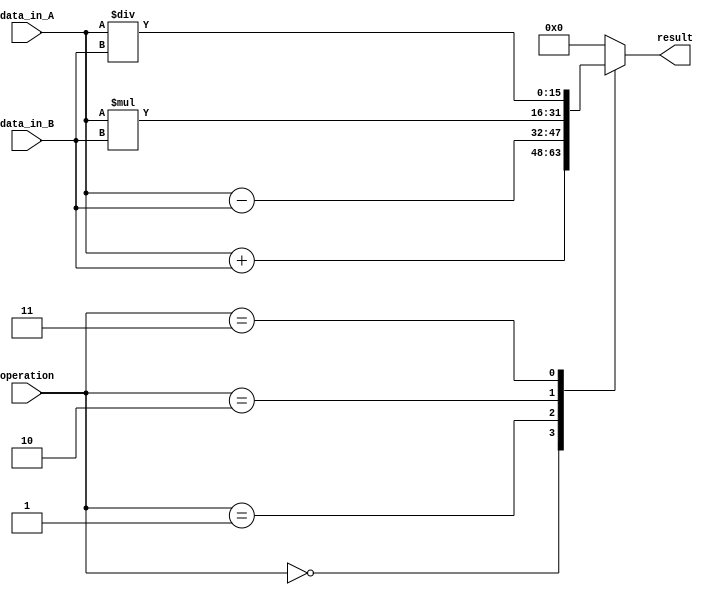
module ALU (
    input wire [15:0] data_in_A,
    input wire [15:0] data_in_B,
    input wire [2:0] operation,
    output reg [15:0] result
);

// Input and output registers
reg [15:0] reg_data_in_A;
reg [15:0] reg_data_in_B;

always @(*) begin
    reg_data_in_A = data_in_A;
    reg_data_in_B = data_in_B;
end

// Arithmetic blocks for addition, subtraction, multiplication, and division
always @* begin
    case(operation)
        3'b000: result = reg_data_in_A + reg_data_in_B; // Addition
        3'b001: result = reg_data_in_A - reg_data_in_B; // Subtraction
        3'b010: result = reg_data_in_A * reg_data_in_B; // Multiplication
        3'b011: result = reg_data_in_A / reg_data_in_B; // Division
        default: result = 16'h0000; // Default case
    endcase
end

endmodule